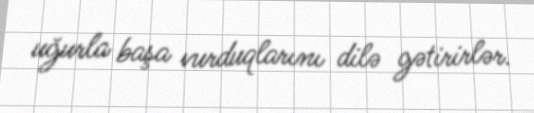
uğurla başa vurduqlarını dilə gətirirlər.